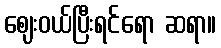
ဈေးဝယ်ပြီးရင်ရော ဆရာ။